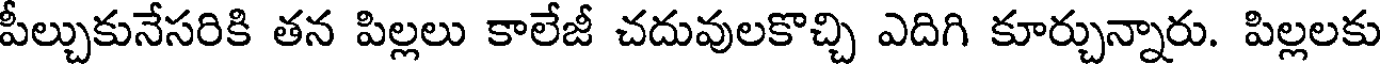
పీల్చుకునేసరికి తన పిల్లలు కాలేజీ చదువులకొచ్చి ఎదిగి కూర్చున్నారు. పిల్లలకు